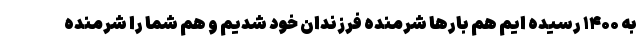
به ۱۴۰۰ رسیده ایم هم بارها شرمنده فرزندان خود شدیم و هم شما را شرمنده